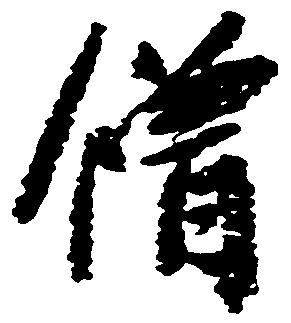
僧